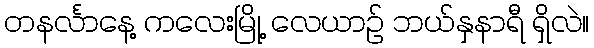
တနင်္လာနေ့ ကလေးမြို့ လေယာဉ် ဘယ်နှနာရီ ရှိလဲ။